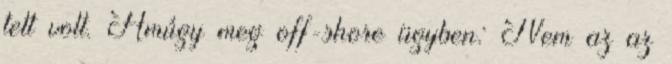
tett volt. Amúgy meg off-shore ügyben: Nem az az